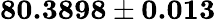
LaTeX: \mathbf{80.3898\pm 0.013}